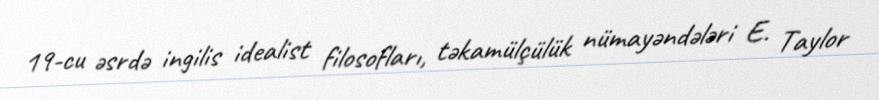
19-cu əsrdə ingilis idealist filosofları, təkamülçülük nümayəndələri E. Taylor